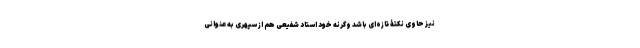
نیز حاوی نکتۀ تازه‌ای باشد وگرنه خود استاد شفیعی هم از سپهری به عنوانی